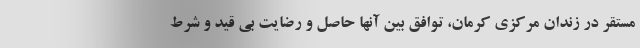
مستقر در زندان مرکزی کرمان، توافق بین آنها حاصل و رضایت بی قید و شرط